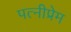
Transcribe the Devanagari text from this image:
पत्नीप्रेम